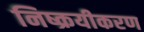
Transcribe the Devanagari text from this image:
निष्क्रयीकरण